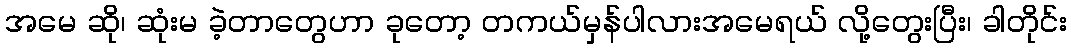
အမေ ဆို၊ ဆုံးမ ခဲ့တာတွေဟာ ခုတော့ တကယ်မှန်ပါလားအမေရယ် လို့တွေးပြီး၊ ခါတိုင်း